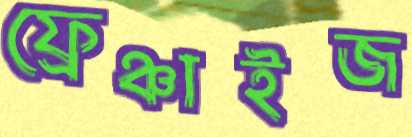
ফ্রেঞ্চাইজ